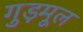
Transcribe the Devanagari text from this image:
गुड़मूल